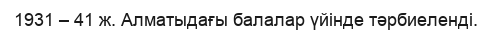
1931 – 41 ж. Алматыдағы балалар үйінде тәрбиеленді.